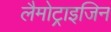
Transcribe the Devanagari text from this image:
लैमोट्राइजिन